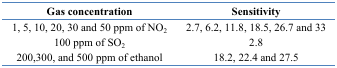
<table><thead><tr><td><b>Gas concentration</b></td><td><b>Sensitivity</b></td></tr></thead><tbody><tr><td>1, 5, 10, 20, 30 and 50 ppm of NO<sub>2</sub></td><td>2.7, 6.2, 11.8, 18.5, 26.7 and 33</td></tr><tr><td>100 ppm of SO<sub>2</sub></td><td>2.8</td></tr><tr><td>200,300, and 500 ppm of ethanol</td><td>18.2, 22.4 and 27.5</td></tr></tbody></table>